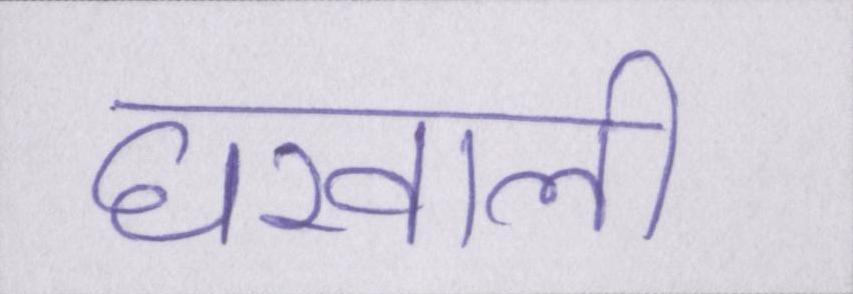
घरवाली